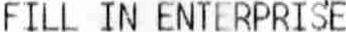
FILL IN ENTERPRISE